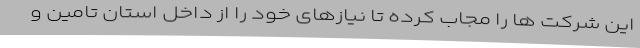
این شرکت ها را مجاب کرده تا نیازهای خود را از داخل استان تامین و